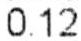
0.12